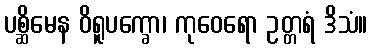
ပစ္ဆိမေန ဝိရူပက္ခော၊ ကုဝေရော ဥတ္တရံ ဒိသံ။